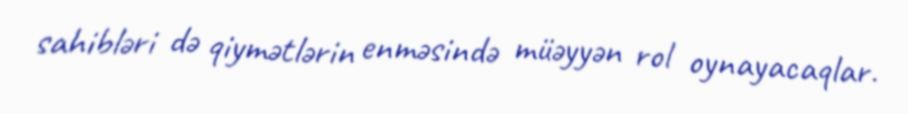
sahibləri də qiymətlərin enməsində müəyyən rol oynayacaqlar.